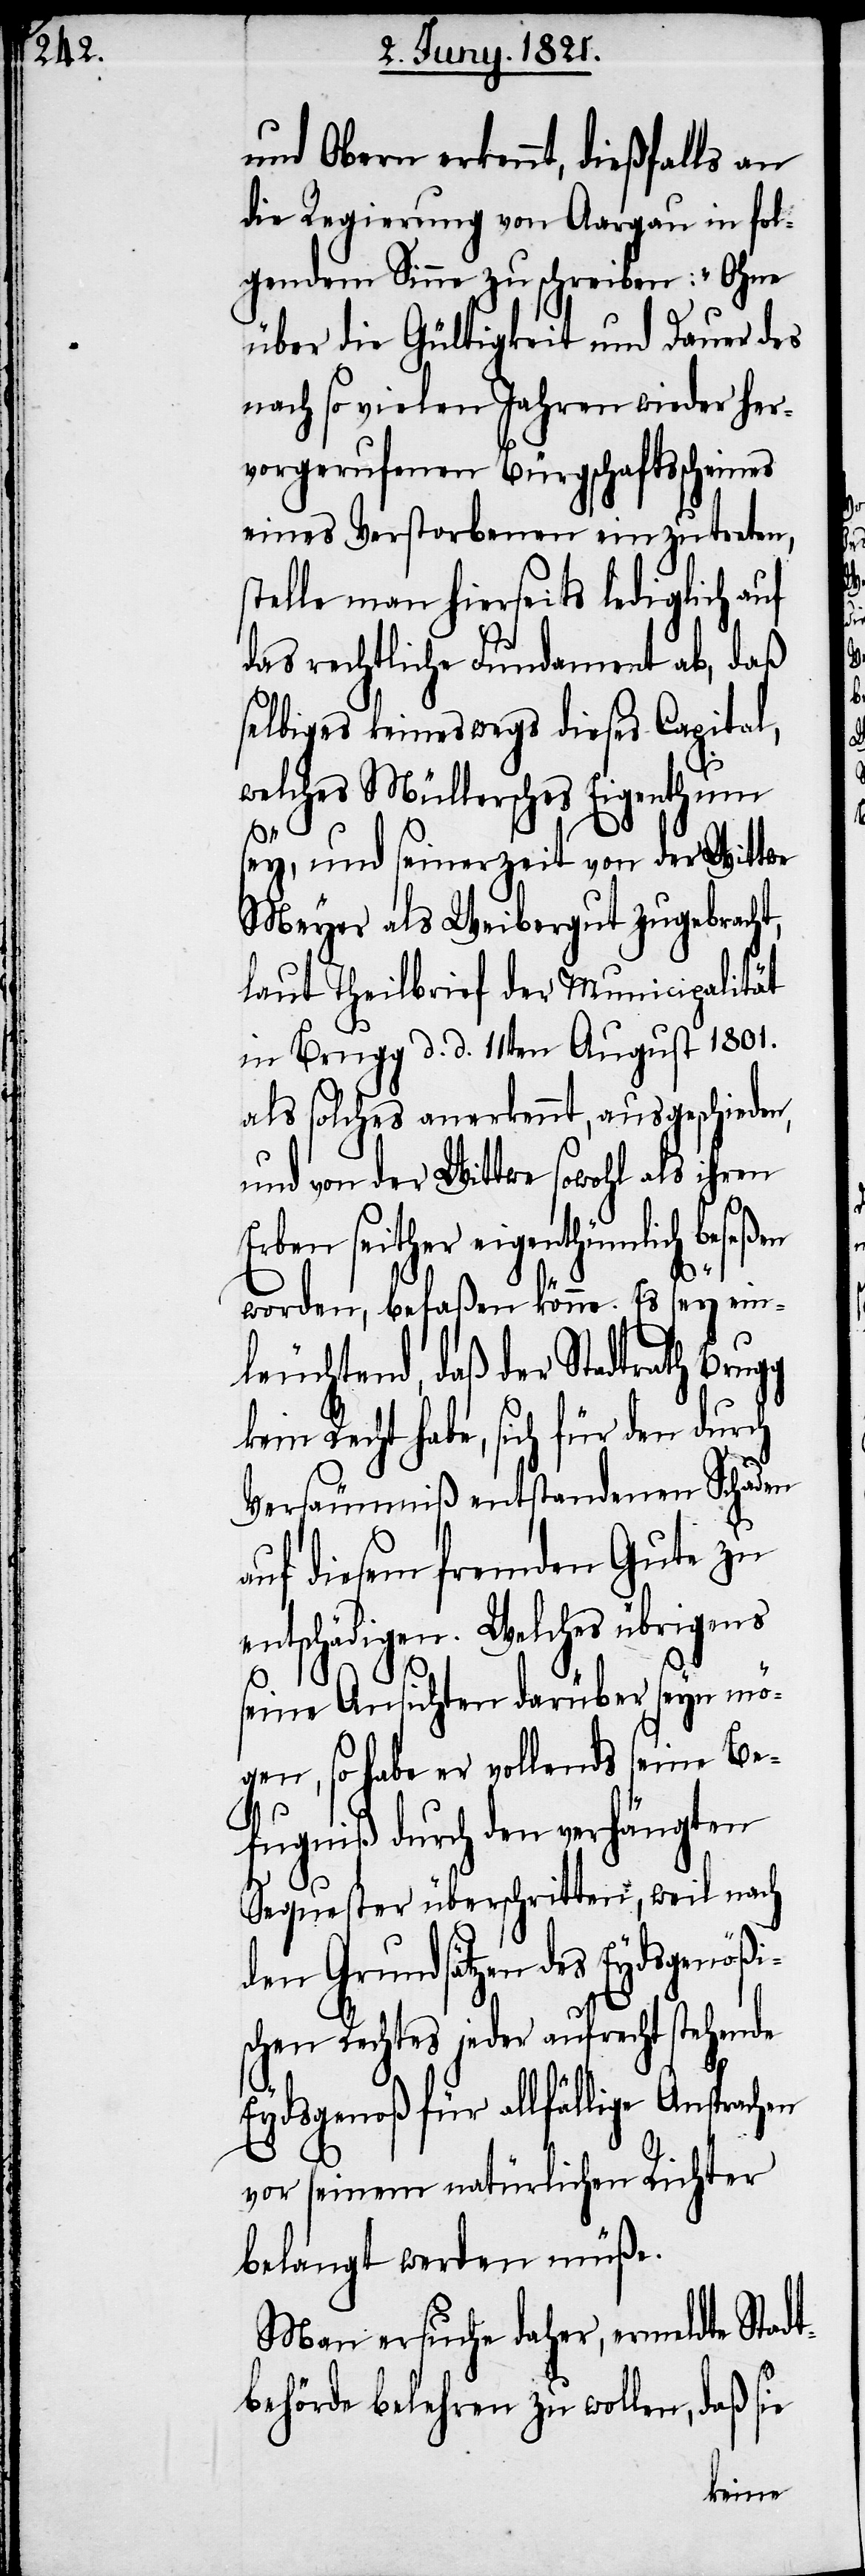
und Obern erkennt, dießfalls an
die Regierung von Aargau in fol¬
gendem Sinne zu schreiben: „Ohne
über die Gültigkeit und Dauer des
nach so vielen Jahren wieder her¬
vorgerufenen Bürgschaftsscheines
eines Verstorbenen einzutreten,
stelle man hierseits lediglich auf
das rechtliche Fundament ab, daß
selbiges keineswegs dieses Capital,
welches Müllersches Eigenthum
sey, und seinerzeit von der Wittwe
Meyer als Weibergut zugebracht,
laut Theilbrief der Municipalität
in Brugg d. d. 11ten August 1801.
als solches anerkennt, ausgeschieden,
und von der Wittwe sowohl als ihrem
Erben seither eigenthümlich beseßen
worden, befaßen könne. Es sey ein¬
leuchtend, daß der Stadtrath Brugg
kein Recht habe, sich für den durch
Versäumniß entstandenen Schaden
auf diesem fremden Gute zu
entschädigen. Welches übrigens
seine Ansichten darüber seyn mö¬
gen, so habe er vollends seine Be¬
fugniß durch den verhängten
Sequester überschritten, weil nach
den Grundsätzen Eydsgenößi¬
schen Rechtes jeder aufrecht stehende
Eydsgenoß für allfällige Ansprachen
vor seinem natürlichen Richter
belangt werden müße.
Man ersuche daher, ermeldte Stadt¬
behörde belehren zu wollen, daß